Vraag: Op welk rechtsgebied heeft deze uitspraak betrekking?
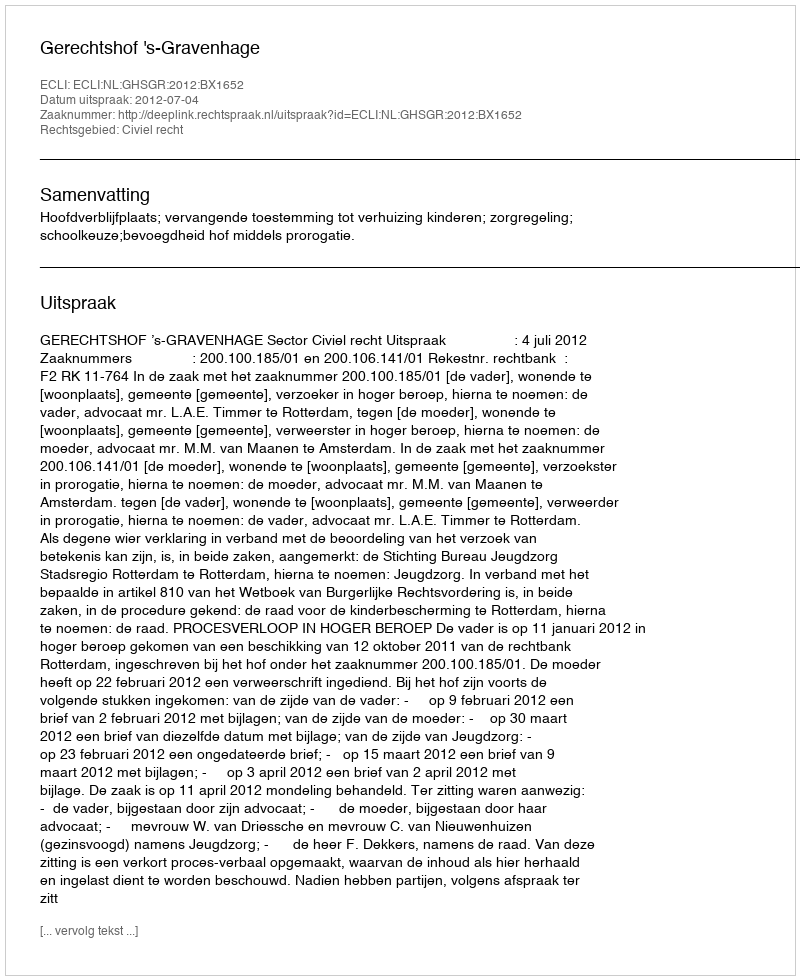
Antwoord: Civiel recht